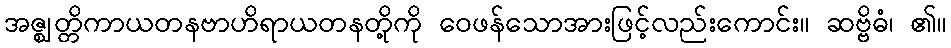
အဇ္ဈတ္တိကာယတနဗာဟိရာယတနတို့ကို ဝေဖန်သောအားဖြင့်လည်းကောင်း။ ဆဗ္ဗိဓံ၊ ၏။